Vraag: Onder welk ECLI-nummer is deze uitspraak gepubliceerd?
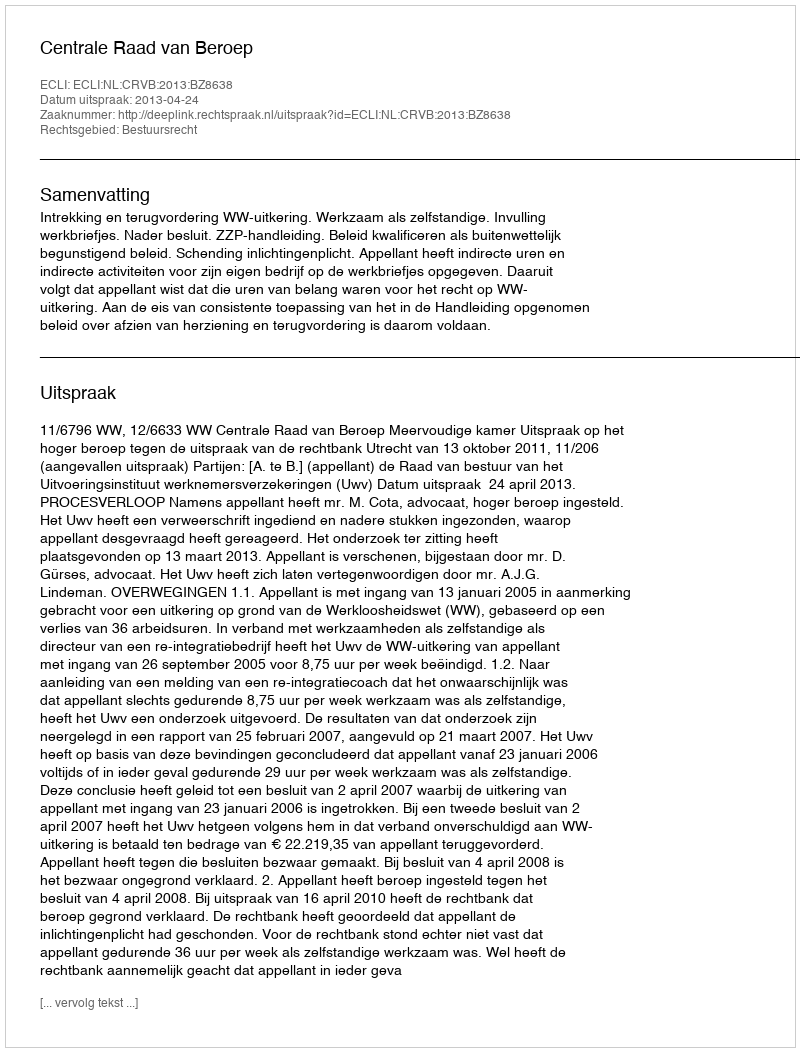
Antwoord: ECLI:NL:CRVB:2013:BZ8638